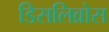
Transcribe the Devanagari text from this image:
डिसलिव्रोस